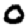
Digit: 0